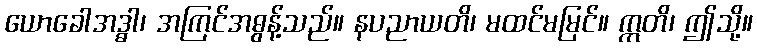
ယောခေါအဒ္ဓါ၊ အကြင်အဓွန့်သည်။ နပညာယတိ၊ မထင်မမြင်။ ဣတိ၊ ဤသို့။